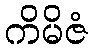
ကိမိဇံ